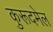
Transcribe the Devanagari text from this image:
कुरूदमेल